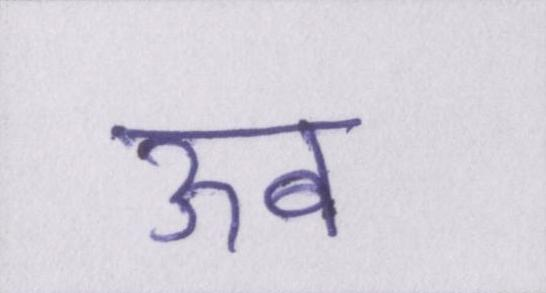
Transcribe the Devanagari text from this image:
ऊब